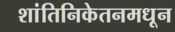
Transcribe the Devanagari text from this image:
शांतिनिकेतनमधून